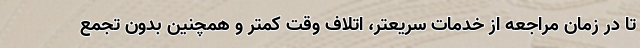
تا در زمان مراجعه از خدمات سریعتر، اتلاف وقت کمتر و همچنین بدون تجمع